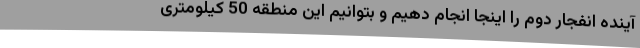
آینده انفجار دوم را اینجا انجام دهیم و بتوانیم این منطقه 50 کیلومتری